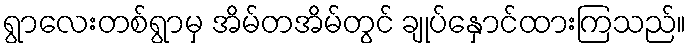
ရွာလေးတစ်ရွာမှ အိမ်တအိမ်တွင် ချုပ်နှောင်ထားကြသည်။